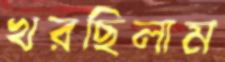
খরছিলাম